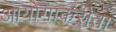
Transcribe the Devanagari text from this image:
आयोगाकरीता